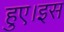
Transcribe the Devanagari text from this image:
हुए।इस